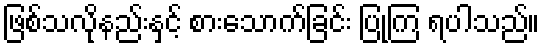
ဖြစ်သလိုနည်းနှင့် စားသောက်ခြင်း ပြုကြ ရပါသည်။